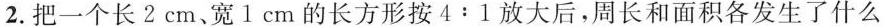
2.把一个长2cm、宽1cm的长方形按$$4 : 1$$放大后，周长和面积各发生了什么